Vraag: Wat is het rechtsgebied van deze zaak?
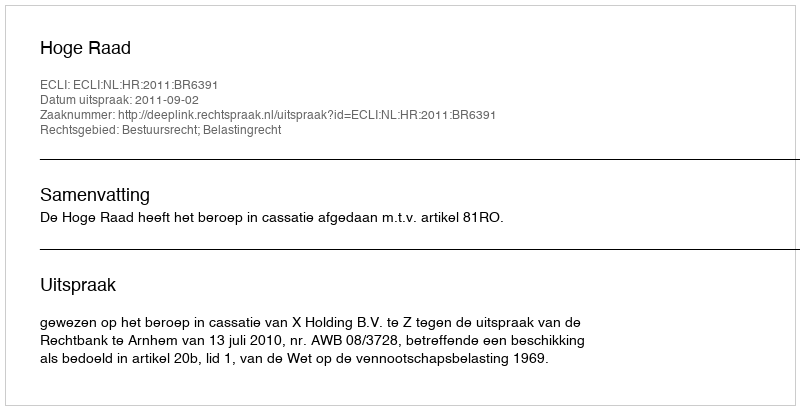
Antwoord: Bestuursrecht; Belastingrecht